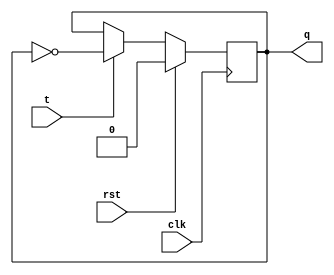
module t_ff(rst,t,q,clk);
input rst,t,clk;
output reg q;
always@(posedge clk) 
begin 
if(rst) 
q<=1'b0;
else 
if(t) 
q<=~q;
else 
q<=q;
end 
endmodule